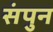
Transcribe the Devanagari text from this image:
संपुन